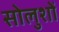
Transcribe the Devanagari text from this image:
सोलुशों